Vaccination report Assam 1896-1927 - 1896-1927
Year: 1896
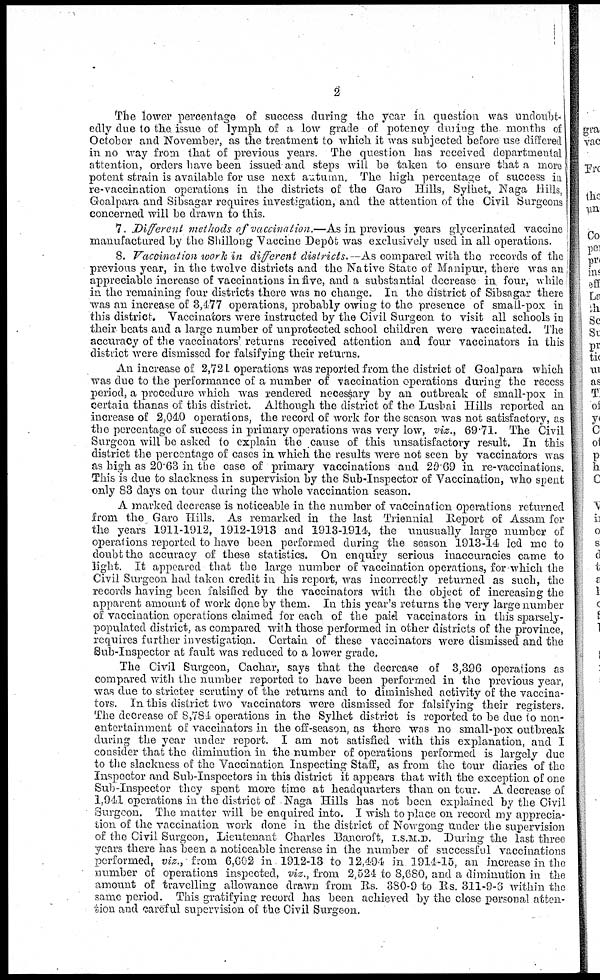
2
The lower percentage of success during the year in question was undoubt-
edly due to the issue of lymph of a low grade of potency during the months of
October and November, as the treatment to which it was subjected before use differed
in no way from that of previous years. The question has received departmental
attention, orders have been issued and steps will be taken to ensure that a more
potent strain is available for use next autumn. The high percentage of success in
re-vaccination operations in the districts of the Garo Hills, Sylhet, Naga Hills,
Goalpara and Sibsagar requires investigation, and the attention of the Civil Surgeons
concerned will be drawn to this.
7. Different methods of vaccination.—As in previous years glycerinated vaccine
manufactured by the Shillong Vaccine Depôt was exclusively used in all operations.
8. Vaccination work in different districts.—As compared with the records of the
previous year, in the twelve districts and the Native State of Manipur, there was an
appreciable increase of vaccinations in five, and a substantial decrease in four, while
in the remaining four districts there was no change. In the district of Sibsagar there
was an increase of 3,477 operations, probably owing to the presence of small-pox in
this district. Vaccinators were instructed by the Civil Surgeon to visit all schools in
their beats and a large number of unprotected school children were vaccinated. The
accuracy of the vaccinators' returns received attention and four vaccinators in this
district were dismissed for falsifying their returns.
An increase of 2,721 operations was reported from the district of Goalpara which
was due to the performance of a number of vaccination operations during the recess
period, a procedure which was rendered necessary by an outbreak of small-pox in
certain thanas of this district. Although the district of the Lushai Hills reported an
increase of 2,040 operations, the record of work for the season was not satisfactory, as
the percentage of success in primary operations was very low, viz., 69.71. The Civil
Surgeon will be asked to explain the cause of this unsatisfactory result. In this
district the percentage of cases in which the results were not seen by vaccinators was
as high as 20.63 in the case of primary vaccinations and 20.69 in re-vaccinations.
This is due to slackness in supervision by the Sub-Inspector of Vaccination, who spent
only 83 days on tour during the whole vaccination season.
A marked decrease is noticeable in the number of vaccination operations returned
from the Garo Hills. As remarked in the last Triennial Report of Assam for
the years 1911-1912, 1912-1913 and 1913-1914, the unusually large number of
operations reported to have been performed during the season 1913-14 led me to
doubt the accuracy of these statistics. On enquiry serious inaccuracies came to
light. It appeared that the large number of vaccination operations, for which the
Civil Surgeon had taken credit in his report, was incorrectly returned as such, the
records having been falsified by the vaccinators with the object of increasing the
apparent amount of work done by them. In this year's returns the very large number
of vaccination operations claimed for each of the paid vaccinators in this sparsely-
populated district, as compared with those performed in other districts of the province,
requires further investigation. Certain of these vaccinators were dismissed and the
Sub-Inspector at fault was reduced to a lower grade.
The Civil Surgeon, Cachar, says that the decrease of 3,396 operations as
compared with the number reported to have been performed in the previous year,
was due to stricter scrutiny of the returns and to diminished activity of the vaccina-
tors. In this district two vaccinators were dismissed for falsifying their registers.
The decrease of 8,784 operations in the Sylhet district is reported to be due to non-
entertainment of vaccinators in the off-season, as there was no small-pox outbreak
during the year under report. I am not satisfied with this explanation, and I
consider that the diminution in the number of operations performed is largely due
to the slackness of the Vaccination Inspecting Staff, as from the tour diaries of the
Inspector and Sub-Inspectors in this district it appears that with the exception of one
Sub-Inspector they spent more time at headquarters than on tour. A decrease of
1,941 operations in the district of Naga Hills has not been explained by the Civil
Surgeon. The matter will be enquired into. I wish to place on record my apprecia-
tion of the vaccination work done in the district of Nowgong under the supervision
of the Civil Surgeon, Lieutenant Charles Bancroft, I.S.M.D. During the last three
years there has been a noticeable increase in the number of successful vaccinations
performed, viz., from 6,602 in 1912-13 to 12,494 in 1914-15, an increase in the
number of operations inspected, viz., from 2,524 to 8,680, and a diminution in the
amount of travelling allowance drawn from Rs. 380-9 to Rs. 311-9-6 within the
same period. This gratifying record has been achieved by the close personal atten-
tion and careful supervision of the Civil Surgeon.